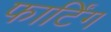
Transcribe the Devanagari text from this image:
फार्टिंग